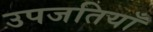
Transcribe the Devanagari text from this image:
उपजतियाँ